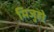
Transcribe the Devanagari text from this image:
मिजुहो